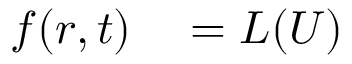
{ } \begin{array} { r l } { f ( r , t ) } & { { } = L ( U ) } \end{array}